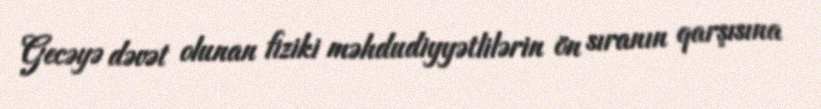
Gecəyə dəvət olunan fiziki məhdudiyyətlilərin ön sıranın qarşısına